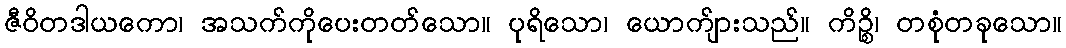
ဇီဝိတဒါယကော၊ အသက်ကိုပေးတတ်သော။ ပုရိသော၊ ယောက်ျားသည်။ ကိဉ္စိ၊ တစုံတခုသော။